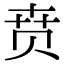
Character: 贲